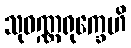
သုဝဏ္ဏရုက္ခေဟိ